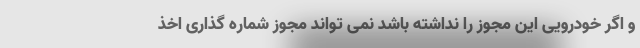
و اگر خودرویی این مجوز را نداشته باشد نمی تواند مجوز شماره گذاری اخذ